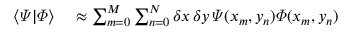
\begin{array} { r l } { \langle \varPsi | \varPhi \rangle } & { { } \approx \sum _ { m = 0 } ^ { M } \sum _ { n = 0 } ^ { N } \delta x \, \delta y \, \varPsi ( x _ { m } , y _ { n } ) \varPhi ( x _ { m } , y _ { n } ) } \end{array}